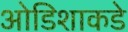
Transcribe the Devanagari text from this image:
ओडिशाकडे